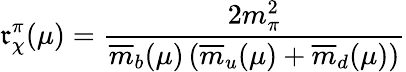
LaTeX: \mathfrak{r}_{\chi}^{\pi}(\mu)=\frac{{2m_{\pi}^{2}}}{{\overline{{{{m}}}}_{b}(\mu)\, (\overline{{{{m}}}}_{u}(\mu)+\overline{{{{m}}}}_{d}(\mu))}}